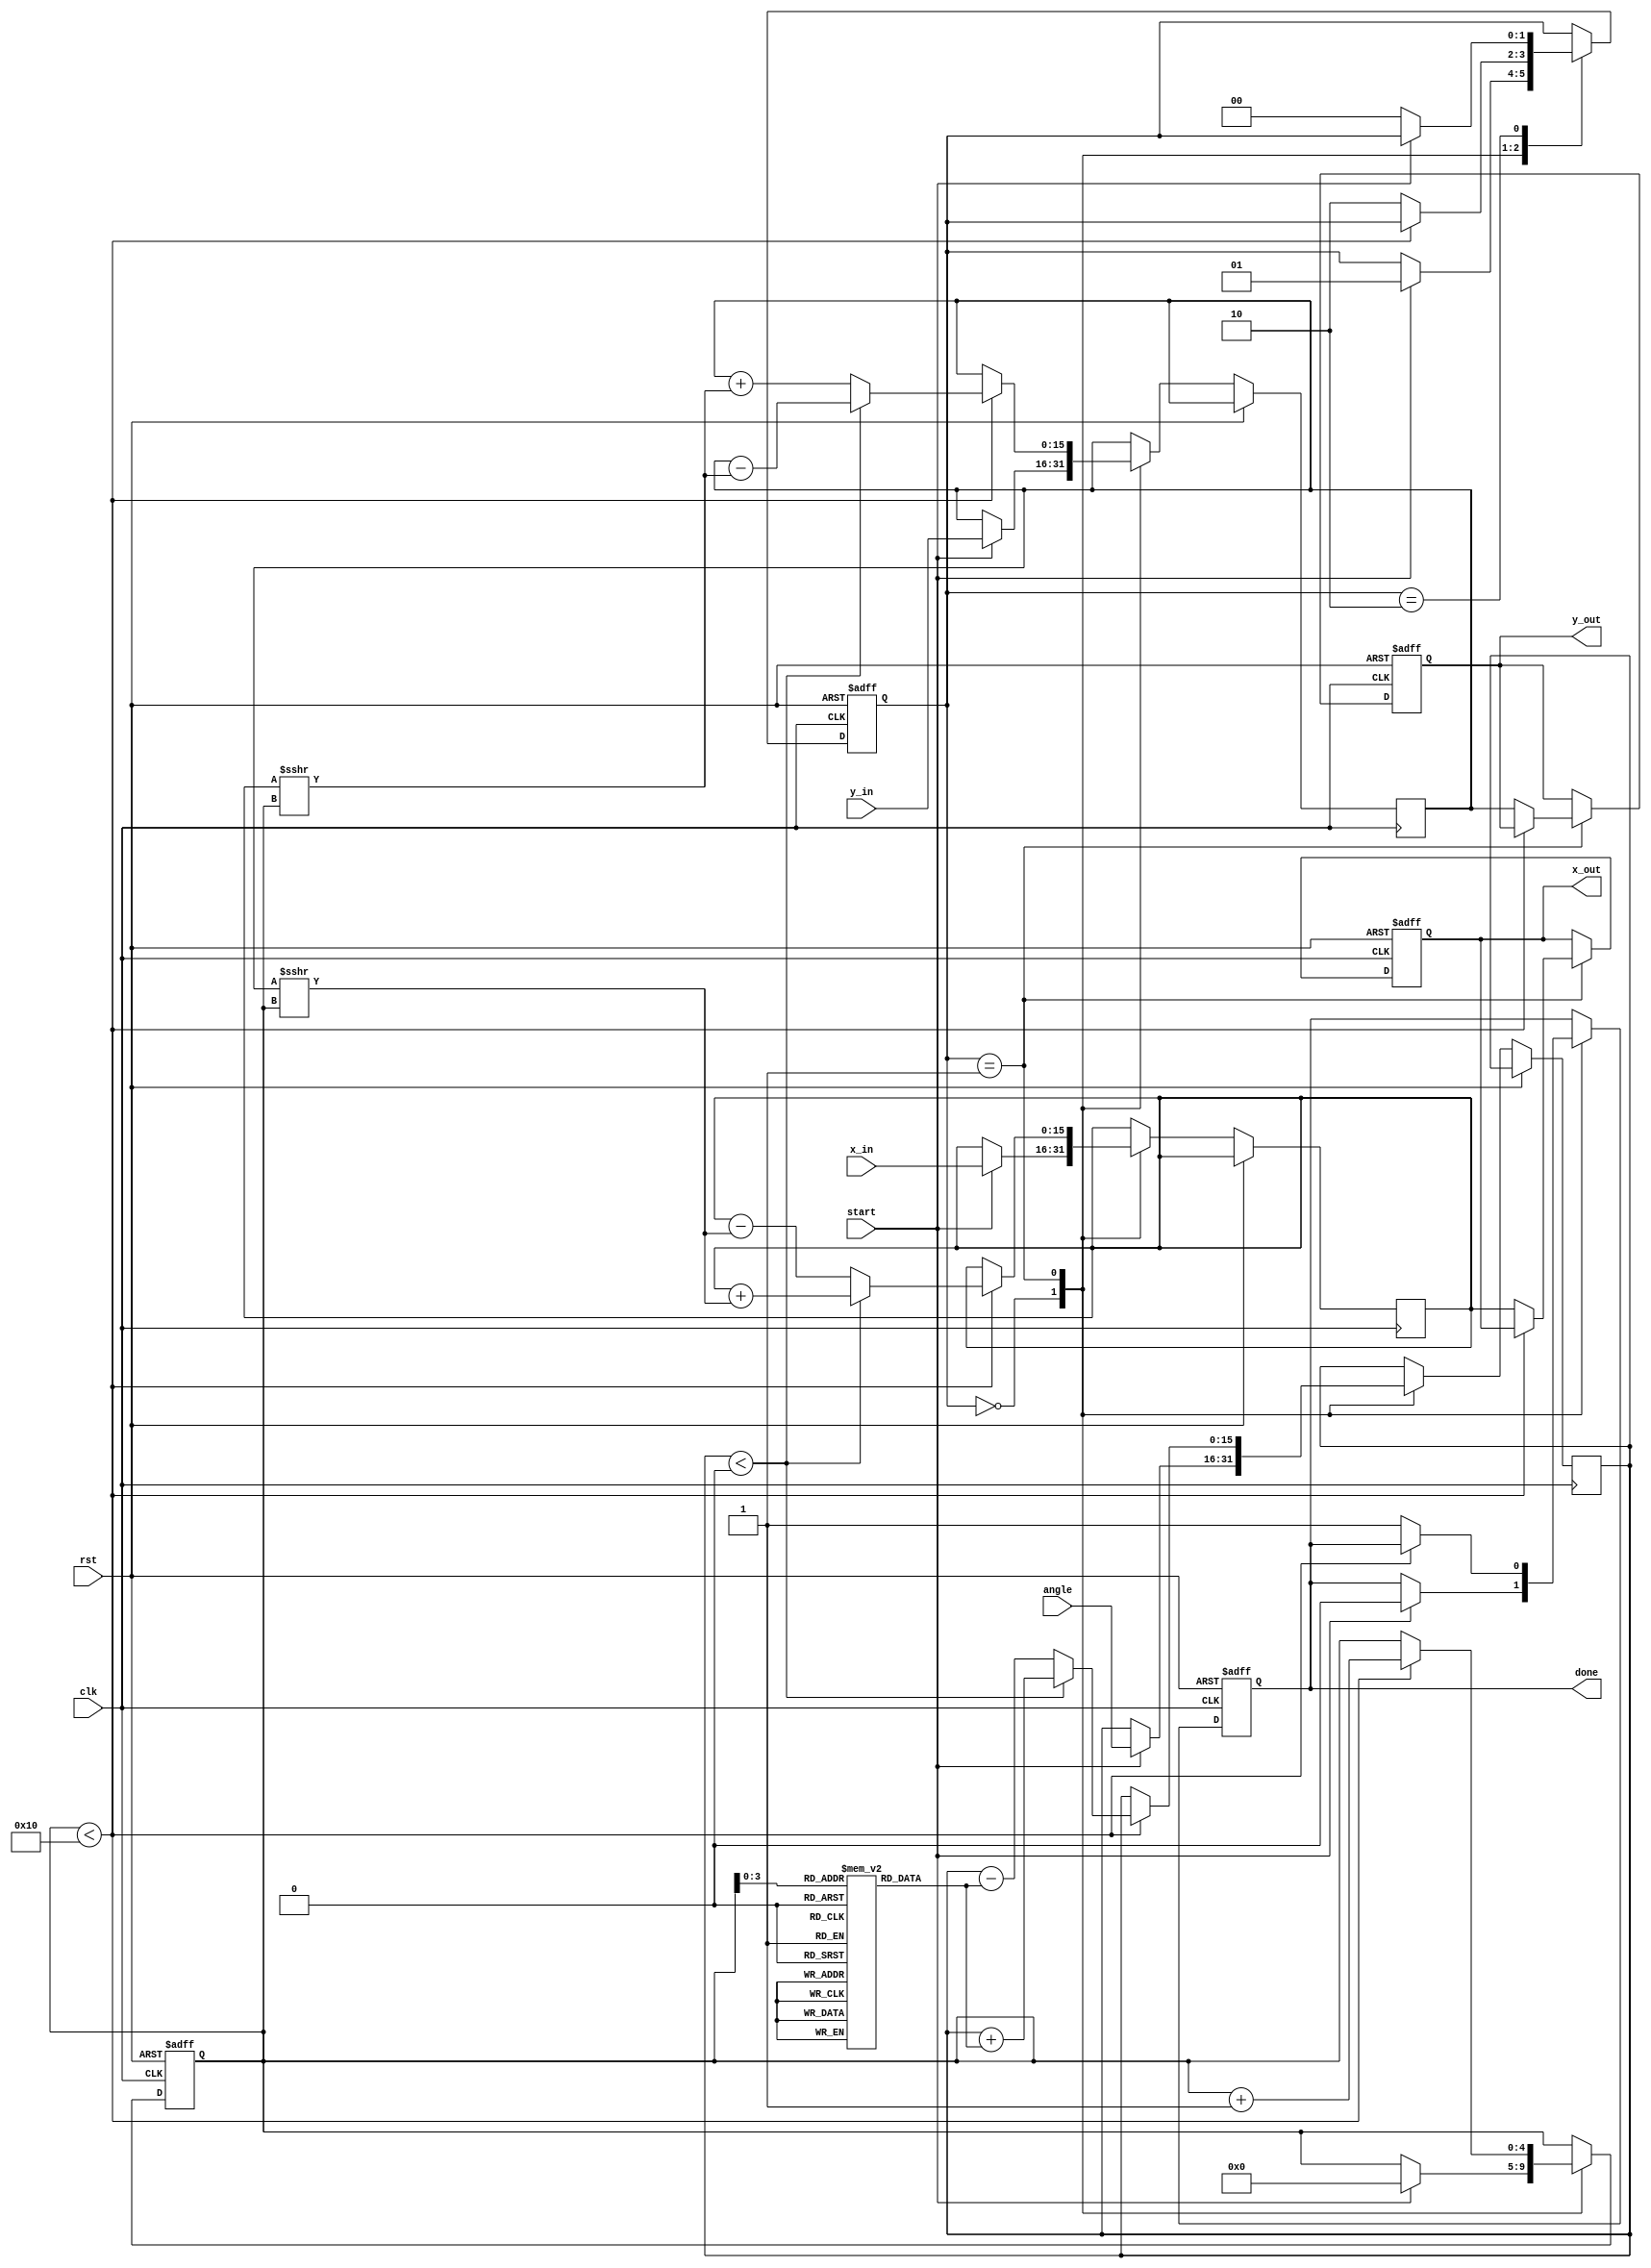
module Modified_CORDIC (
    input wire clk,
    input wire rst,
    input wire start,
    input wire [15:0] angle, // Input angle in radians (fixed-point format)
    input wire [15:0] x_in,  // Initial X coordinate
    input wire [15:0] y_in,  // Initial Y coordinate
    output reg [15:0] x_out,  // Final X coordinate
    output reg [15:0] y_out,  // Final Y coordinate
    output reg done          // Indicates computation is complete
);

    // Parameters
    parameter NUM_ITERATIONS = 16; // Number of iterations for CORDIC
    parameter ANGLE_WIDTH = 16;     // Width of angle representation
    parameter X_WIDTH = 16;          // Width of X coordinate representation
    parameter Y_WIDTH = 16;          // Width of Y coordinate representation

    // Internal signals
    reg [ANGLE_WIDTH-1:0] angle_table [0:NUM_ITERATIONS-1]; // Angle lookup table
    reg [X_WIDTH-1:0] x_reg, y_reg; // Registers to hold X and Y values
    reg [ANGLE_WIDTH-1:0] theta;     // Current angle
    reg [4:0] iteration;              // Iteration counter
    reg [1:0] state;                  // State machine for control logic

    // State machine states
    localparam IDLE = 2'b00,
               COMPUTE = 2'b01,
               DONE = 2'b10;

    // Initialize angle table (arctan(2^-i) for i = 0 to NUM_ITERATIONS-1)
    initial begin
        angle_table[0] = 16'h0000; // atan(1) = 0
        angle_table[1] = 16'h3C90; // atan(1/2) = 45 degrees
        angle_table[2] = 16'h3A30; // atan(1/4) = 26.565 degrees
        angle_table[3] = 16'h38E0; // atan(1/8) = 14.036 degrees
        // ... fill in the rest of the angle table ...
        angle_table[14] = 16'h0000; // atan(1/16384) = 0
        angle_table[15] = 16'h0000; // atan(1/32768) = 0
    end

    // Control logic
    always @(posedge clk or posedge rst) begin
        if (rst) begin
            state <= IDLE;
            iteration <= 0;
            done <= 0;
            x_out <= 0;
            y_out <= 0;
        end else begin
            case (state)
                IDLE: begin
                    if (start) begin
                        x_reg <= x_in;
                        y_reg <= y_in;
                        theta <= angle;
                        iteration <= 0;
                        done <= 0;
                        state <= COMPUTE;
                    end
                end

                COMPUTE: begin
                    if (iteration < NUM_ITERATIONS) begin
                        // CORDIC rotation logic
                        if (theta < 0) begin
                            x_reg <= x_reg + (y_reg >>> iteration);
                            y_reg <= y_reg - (x_reg >>> iteration);
                            theta <= theta + angle_table[iteration];
                        end else begin
                            x_reg <= x_reg - (y_reg >>> iteration);
                            y_reg <= y_reg + (x_reg >>> iteration);
                            theta <= theta - angle_table[iteration];
                        end
                        iteration <= iteration + 1;
                    end else begin
                        x_out <= x_reg;
                        y_out <= y_reg;
                        done <= 1;
                        state <= DONE;
                    end
                end

                DONE: begin
                    if (!start) begin
                        state <= IDLE; // Reset to IDLE state
                    end
                end
            endcase
        end
    end

endmodule